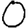
Digit: 0